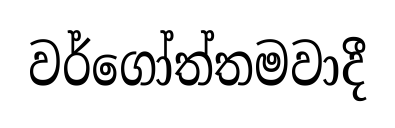
වර්ගෝත්තමවාදී